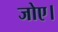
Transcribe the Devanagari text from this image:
जोए।